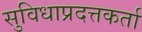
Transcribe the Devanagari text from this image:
सुविधाप्रदत्तकर्ता